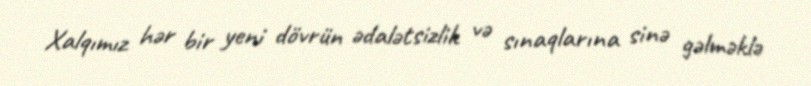
Xalqımız hər bir yeni dövrün ədalətsizlik və sınaqlarına sinə gəlməklə